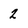
Character: 2